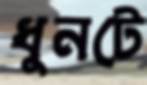
ধুনটে